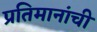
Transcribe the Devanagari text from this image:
प्रतिमानांची